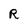
Character: R